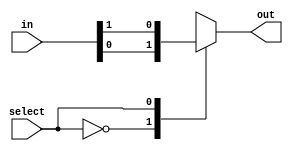

// test_simulation_sop_basic_10_test.v
module f1_test(input [1:0] in, input select, output reg out);

always @( in or select)
    case (select)
	    0: out = in[0];
	    1: out = in[1];
	endcase
endmodule	

// test_simulation_sop_basic_11_test.v
module f2_test(input [3:0] in, input [1:0] select, output reg out);

always @( in or select)
    case (select)
	    0: out = in[0];
	    1: out = in[1];
	    2: out = in[2];
	    3: out = in[3];
	endcase
endmodule	

// test_simulation_sop_basic_12_test.v
module f3_test(input [7:0] in, input [2:0] select, output reg out);

always @( in or select)
    case (select)
	    0: out = in[0];
	    1: out = in[1];
	    2: out = in[2];
	    3: out = in[3];
	    4: out = in[4];
	    5: out = in[5];
	    6: out = in[6];
	    7: out = in[7];
	endcase
endmodule

// test_simulation_sop_basic_18_test.v
module f4_test(input [7:0] in, output out);

assign out = ~^in;

endmodule

// test_simulation_sop_basic_3_test.v
module f5_test(input in, output out);
assign out = ~in;
endmodule

// test_simulation_sop_basic_7_test.v
module f6_test(input in, output out);
assign out = in;
endmodule

// test_simulation_sop_basic_8_test.v
module f7_test(output out);
assign out = 1'b0;
endmodule

// test_simulation_sop_basic_9_test.v
module f8_test(input in, output out);
assign out = ~in;
endmodule